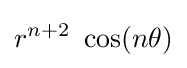
r^{n+2}~\cos(n\theta )